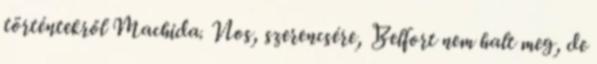
történtekről Machida. Nos, szerencsére, Belfort nem halt meg, de